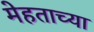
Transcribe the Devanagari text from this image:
मेहताच्या